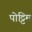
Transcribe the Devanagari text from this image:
पोट्टिम